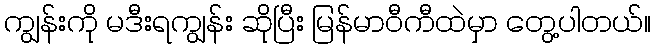
ကျွန်းကို မဒီးရကျွန်း ဆိုပြီး မြန်မာဝီကီထဲမှာ တွေ့ပါတယ်။